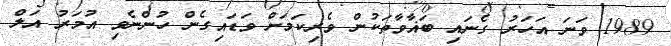
1989 ވަނަ އަހަރު ގެނައި ބަޣާވާތަކުން ވެރިކަމަށް ވަޑައިގެން ހުންނެވި އުމަރު އަލް